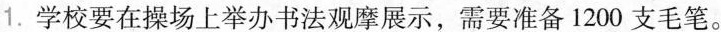
1.学校要在操场上举办书法观摩展示，需要准备1200支毛笔。